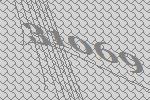
31069